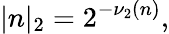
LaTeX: |n|_{2}=2^{-\nu_{2}(n)},